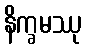
နိက္ခမဿု